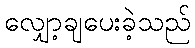
လျှော့ချပေးခဲ့သည်